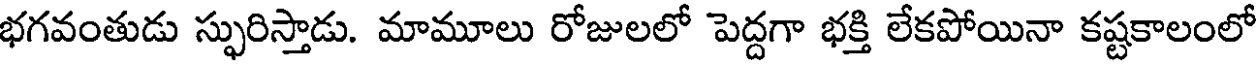
భగవంతుడు స్ఫురిస్తాడు. మామూలు రోజులలో పెద్దగా భక్తి లేకపోయినా కష్టకాలంలో